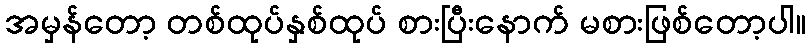
အမှန်တော့ တစ်ထုပ်နှစ်ထုပ် စားပြီးနောက် မစားဖြစ်တော့ပါ။